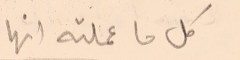
كل ما عملته انها